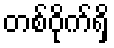
တစ်ဝိုက်ရှိ